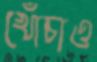
খোঁচাও